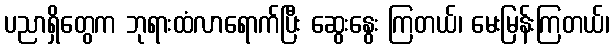
ပညာရှိတွေက ဘုရားထံလာရောက်ပြီး ဆွေးနွေး ကြတယ်၊ မေးမြန်းကြတယ်၊